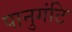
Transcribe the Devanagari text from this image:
पानुगंटि